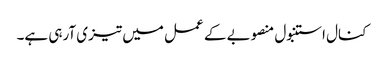
کنال استنبول منصوبے کے عمل میں تیزی آرہی ہے۔